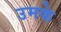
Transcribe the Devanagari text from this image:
उमके